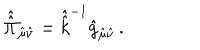
\hat { \hat { \Pi } } _ { \hat { \mu } \hat { \nu } } = \hat { \hat { k } } ^ { - 1 } \hat { g } _ { \hat { \mu } \hat { \nu } } \, .